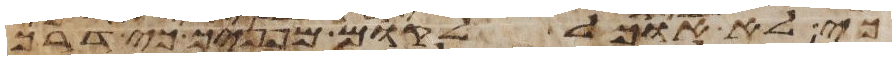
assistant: כי לא אוכל לקום מפניך כי דרך